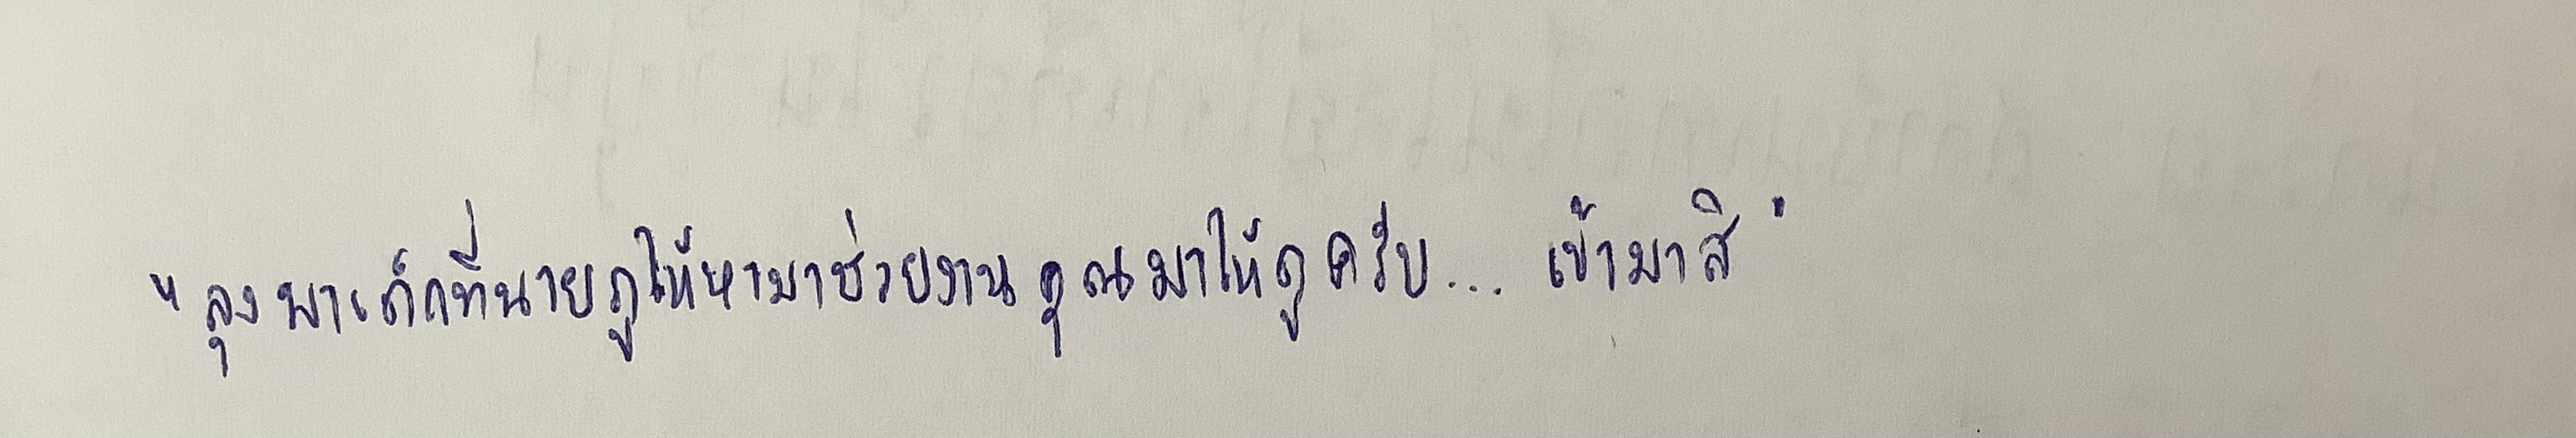
"ลุงพาเด็กที่นายภูให้หามาช่วยงานคุณมาให้ดูครับ...เข้ามาสิ"